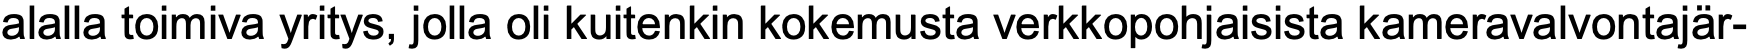
alalla toimiva yritys, jolla oli kuitenkin kokemusta verkkopohjaisista kameravalvontajär-